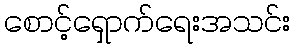
စောင့်ရှောက်ရေးအသင်း